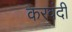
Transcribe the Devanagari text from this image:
करवंदी